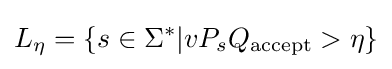
L_{\eta }=\{s\in \Sigma ^{*}\vert vP_{s}Q_{\text{accept}}>\eta \}